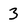
Character: 3